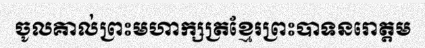
ចូលគាល់ព្រះមហាក្សត្រខ្មែរព្រះបាទនរោត្តម